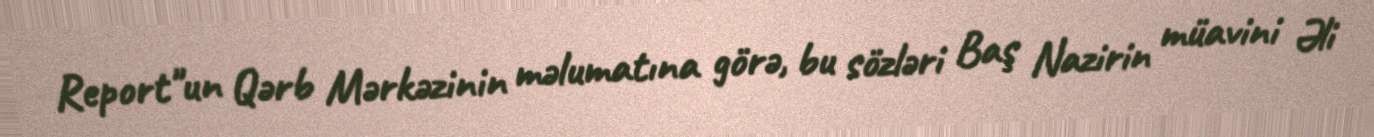
Report"un Qərb Mərkəzinin məlumatına görə, bu sözləri Baş Nazirin müavini Əli